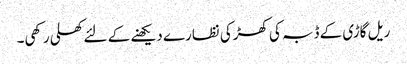
ریل گاڑی کے ڈبہ کی کھڑکی نظارے دیکھنے کے لئے کھلی رکھی۔